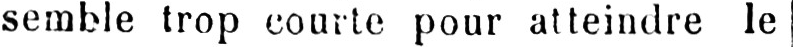
semble trop courte pour atteindre le